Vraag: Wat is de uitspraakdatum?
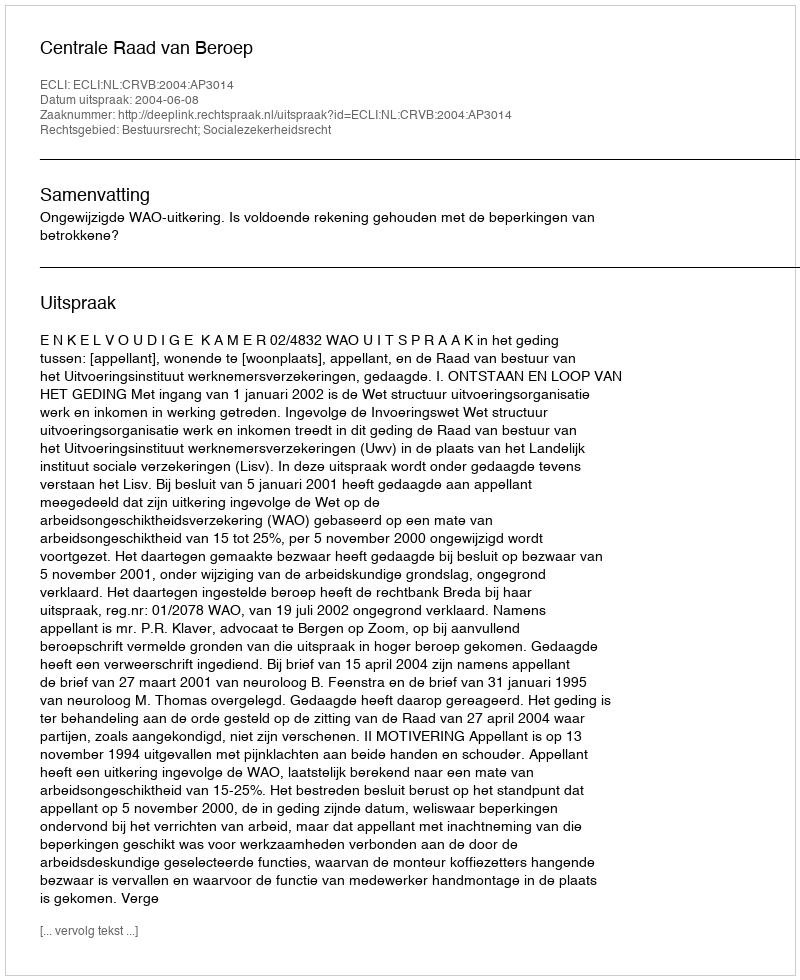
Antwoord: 2004-06-08